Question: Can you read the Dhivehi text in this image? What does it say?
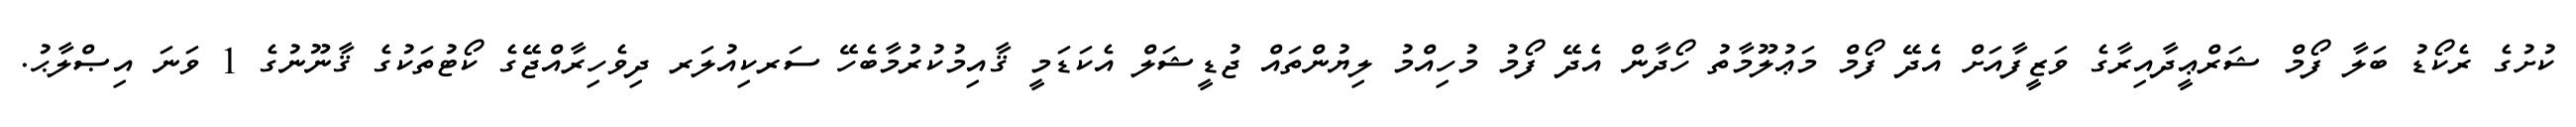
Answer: ކުށުގެ ރެކޯޑު ބަލާ ފޯމް ޝަރްޢީދާއިރާގެ ވަޒީފާއަށް އެދޭ ފޯމް މަޢުލޫމާތު ހޯދާން އެދޭ ފޯމު މުހިއްމު ލިޔުންތައް ޖުޑީޝަލް އެކަޑަމީ ޤާއިމުކުރުމާބެހޭ ސަރކިއުލަރ ދިވެހިރާއްޖޭގެ ކޯޓުތަކުގެ ޤާނޫނުގެ 1 ވަނަ އިޞްލާޙު.